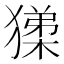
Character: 𭸧